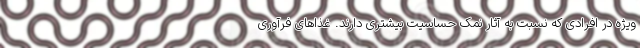
ویژه در افرادی که نسبت به آثار نمک حساسیت بیشتری دارند. غذاهای فرآوری